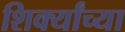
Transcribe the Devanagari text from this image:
शिर्क्यांच्या